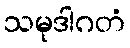
သမုဒါဂတံ